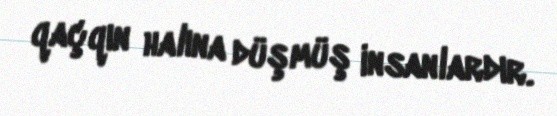
qaçqın halına düşmüş insanlardır.